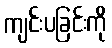
ကျင်းပခြင်းကို